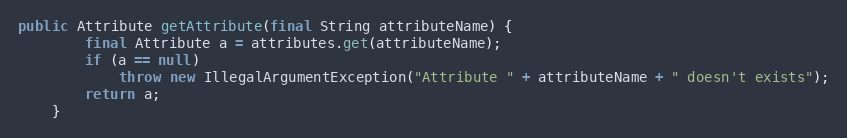
Language: Java
public Attribute getAttribute(final String attributeName) {
		final Attribute a = attributes.get(attributeName);
		if (a == null)
			throw new IllegalArgumentException("Attribute " + attributeName + " doesn't exists");
		return a;
	}